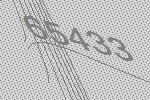
65433